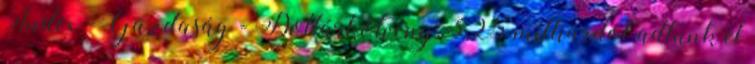
Index - Gazdaság - Dollárkötvény: 3,25 milliárdot adtunk el